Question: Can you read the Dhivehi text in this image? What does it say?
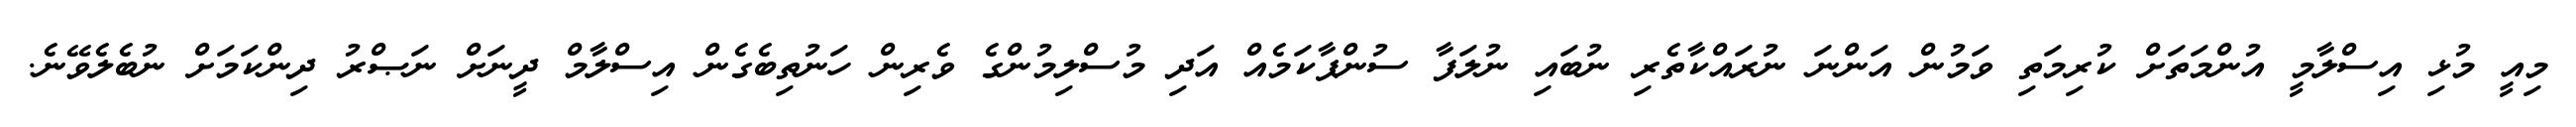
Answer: މިއީ މުޅި އިސްލާމީ އުންމަތަށް ކުރިމަތި ވަމުން އަންނަ ނުރައްކާތެރި ނުބައި ނުލަފާ ސުންޕާކަމެއް އަދި މުސްލިމުންގެ ވެރިން ހަނުތިބެގެން އިސްލާމް ދީނަށް ނަޞްރު ދިންކަމަށް ނުބެލެވޭނެ.